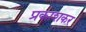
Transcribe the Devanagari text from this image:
प्रकाशकर